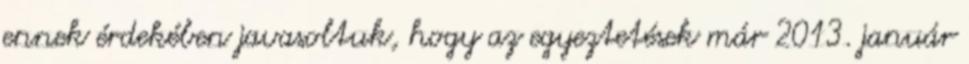
ennek érdekében javasoltuk, hogy az egyeztetések már 2013. január